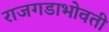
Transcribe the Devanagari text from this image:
राजगडाभोवती